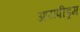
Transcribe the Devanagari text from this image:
आयपीड्रम